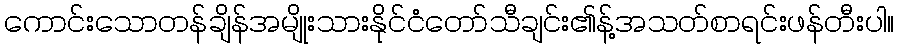
ကောင်းသောတန်ချိန်အမျိုးသားနိုင်ငံတော်သီချင်း၏န့်အသတ်စာရင်းဖန်တီးပါ။